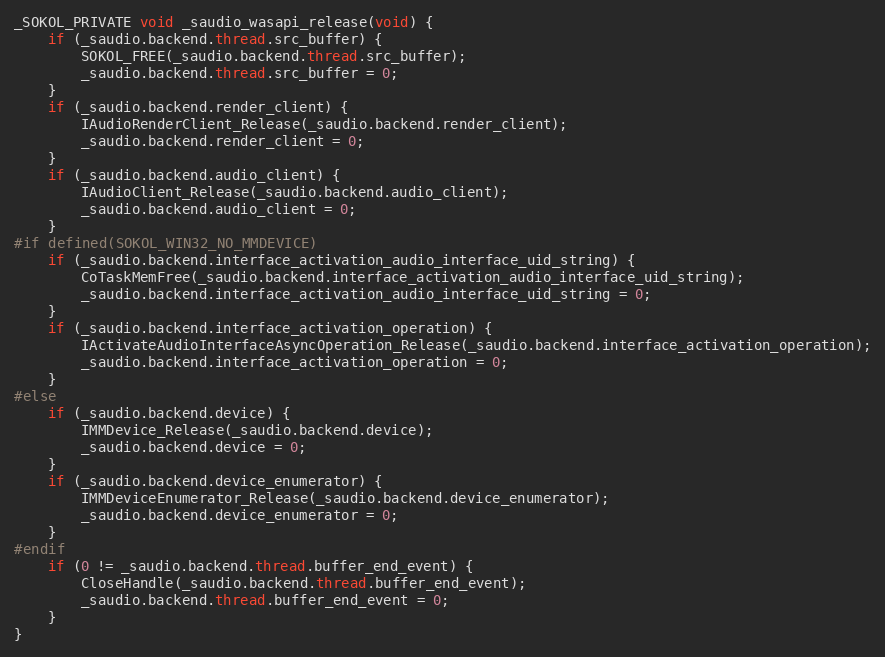
Language: C
_SOKOL_PRIVATE void _saudio_wasapi_release(void) {
    if (_saudio.backend.thread.src_buffer) {
        SOKOL_FREE(_saudio.backend.thread.src_buffer);
        _saudio.backend.thread.src_buffer = 0;
    }
    if (_saudio.backend.render_client) {
        IAudioRenderClient_Release(_saudio.backend.render_client);
        _saudio.backend.render_client = 0;
    }
    if (_saudio.backend.audio_client) {
        IAudioClient_Release(_saudio.backend.audio_client);
        _saudio.backend.audio_client = 0;
    }
#if defined(SOKOL_WIN32_NO_MMDEVICE)
    if (_saudio.backend.interface_activation_audio_interface_uid_string) {
        CoTaskMemFree(_saudio.backend.interface_activation_audio_interface_uid_string);
        _saudio.backend.interface_activation_audio_interface_uid_string = 0;
    }
    if (_saudio.backend.interface_activation_operation) {
        IActivateAudioInterfaceAsyncOperation_Release(_saudio.backend.interface_activation_operation);
        _saudio.backend.interface_activation_operation = 0;
    }
#else
    if (_saudio.backend.device) {
        IMMDevice_Release(_saudio.backend.device);
        _saudio.backend.device = 0;
    }
    if (_saudio.backend.device_enumerator) {
        IMMDeviceEnumerator_Release(_saudio.backend.device_enumerator);
        _saudio.backend.device_enumerator = 0;
    }
#endif
    if (0 != _saudio.backend.thread.buffer_end_event) {
        CloseHandle(_saudio.backend.thread.buffer_end_event);
        _saudio.backend.thread.buffer_end_event = 0;
    }
}